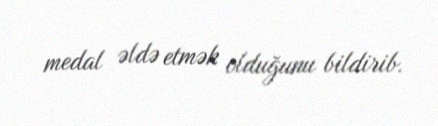
medal əldə etmək olduğunu bildirib.